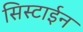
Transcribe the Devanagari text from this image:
सिस्टाईन